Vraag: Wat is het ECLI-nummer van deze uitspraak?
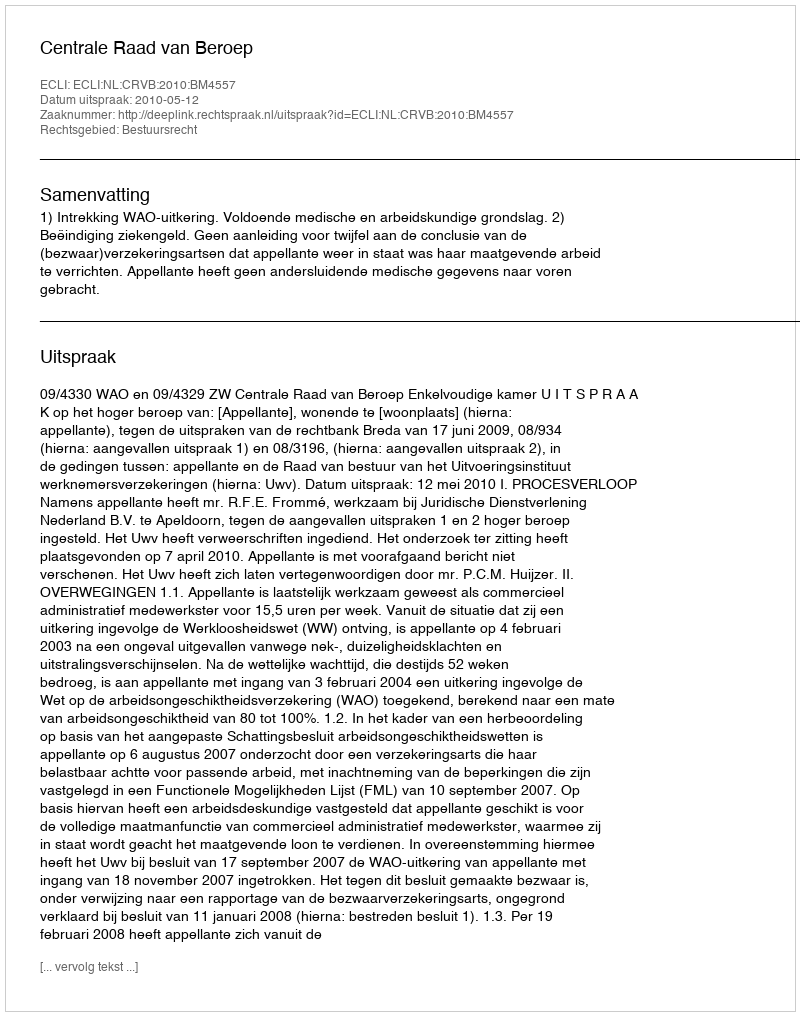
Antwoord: ECLI:NL:CRVB:2010:BM4557